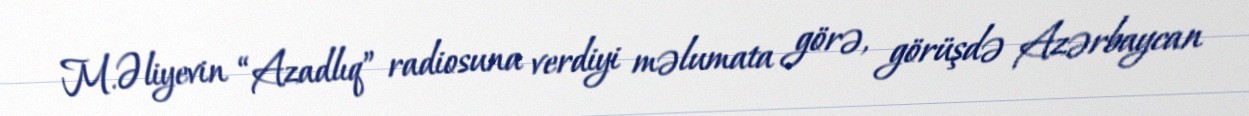
M.Əliyevin “Azadlıq” radiosuna verdiyi məlumata görə, görüşdə Azərbaycan